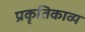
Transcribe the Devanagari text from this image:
प्रकृतिकाव्य